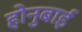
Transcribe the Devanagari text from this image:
होनुबाई